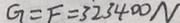
G = F = 3 2 3 4 0 0 N